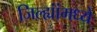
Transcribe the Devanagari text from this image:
जिल्ह्यांंमध्ये